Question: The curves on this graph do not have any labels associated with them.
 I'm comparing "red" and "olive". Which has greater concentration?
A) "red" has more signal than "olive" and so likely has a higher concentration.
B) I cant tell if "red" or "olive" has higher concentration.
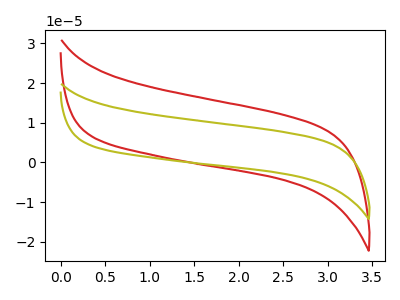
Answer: <think>The red curve "red" has no peaks. The olive curve "olive" has no peaks.
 Neither "red" or "olive" have any peaks.</think>
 <answer>B) I cant tell if "red" or "olive" has higher concentration.</answer>
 <eval>B</eval>